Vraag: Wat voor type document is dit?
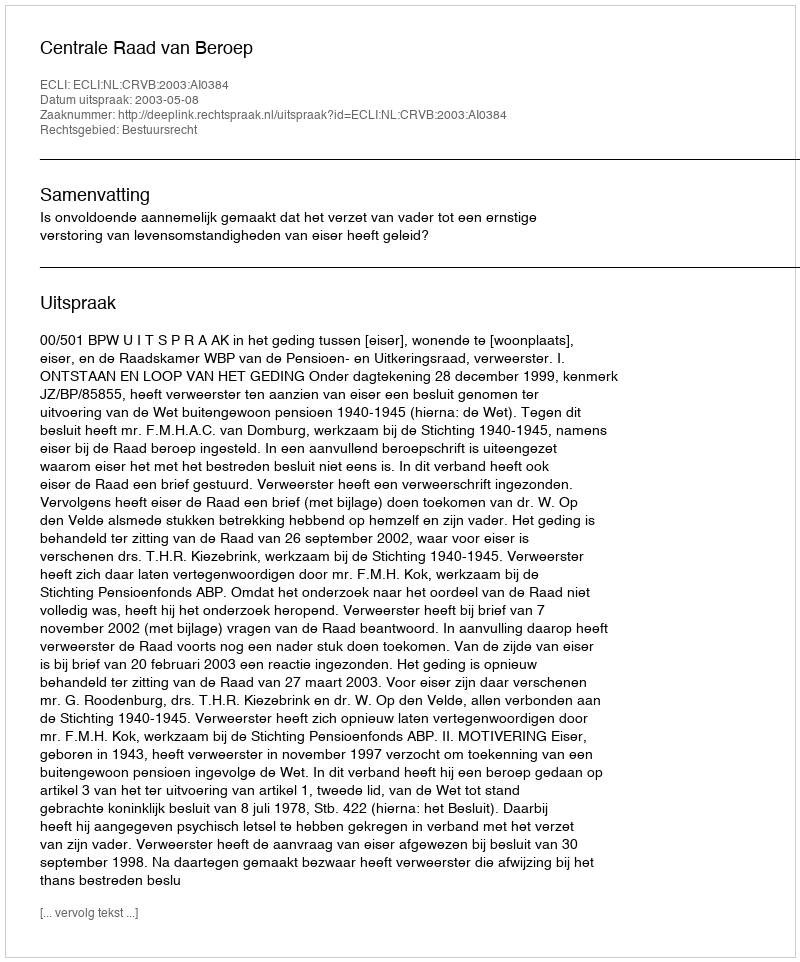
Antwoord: Uitspraak